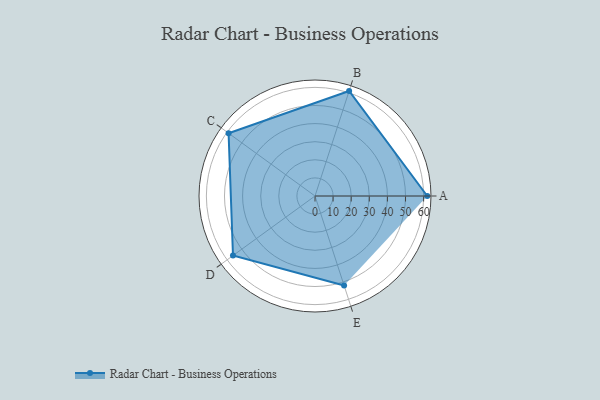
{"axis": {"x": "Skill", "y": "Score"}, "legend": ["Profile"], "data": [{"x": "A", "y": 62.0, "type": "Profile"}, {"x": "B", "y": 61.0, "type": "Profile"}, {"x": "C", "y": 59.0, "type": "Profile"}, {"x": "D", "y": 56.0, "type": "Profile"}, {"x": "E", "y": 52.0, "type": "Profile"}]}